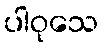
ပါဝုသေ